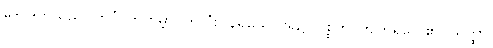
ဒေဝဒတ်သည်။ ကပ္ပံ၊ တကမ္ဘာပတ်လုံး။ နိရယေ၊ ငရဲ၌။ ပစ္စတိ၊ ကျက်ရလေ၏။ သတ္ထာ၊